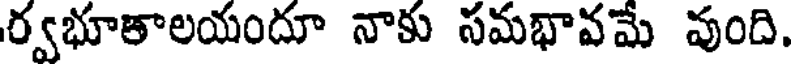
ర్వభూతాలయందూ నాకు సమభావమే వుంది.